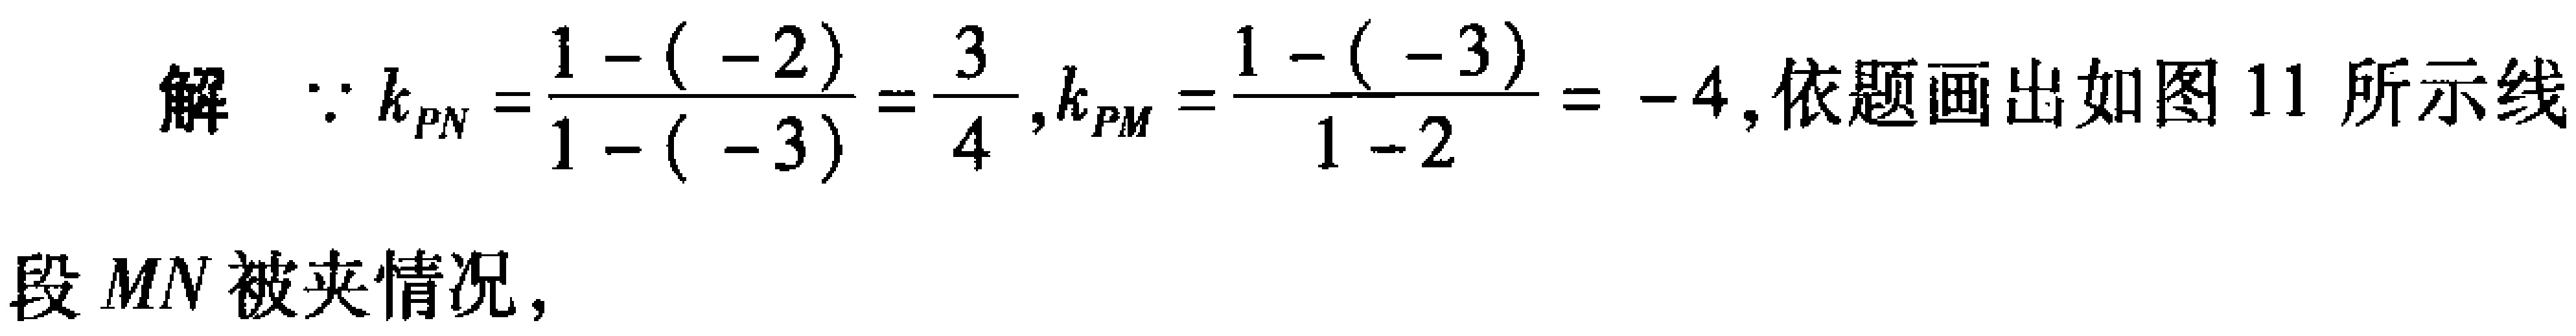
解  $\because k_{PN}=\frac{1 - (-2)}{1 - (-3)}=\frac{3}{4},k_{PM}=\frac{1 - (-3)}{1 - 2}=-4$, 依题画出如图 11 所示线
段 $MN$ 被夹情况，